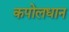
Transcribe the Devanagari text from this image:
कपोलधान